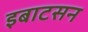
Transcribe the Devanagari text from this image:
इबाटसन